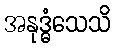
အနုဒ္ဓံသေသိ